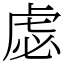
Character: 虙